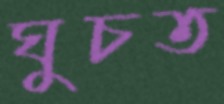
ঘুচত